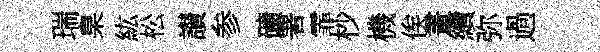
瑞臬紘松讃参礦署霏杪機俟畫續弥過